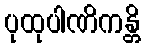
ပုထုပါဏိကန္တိ